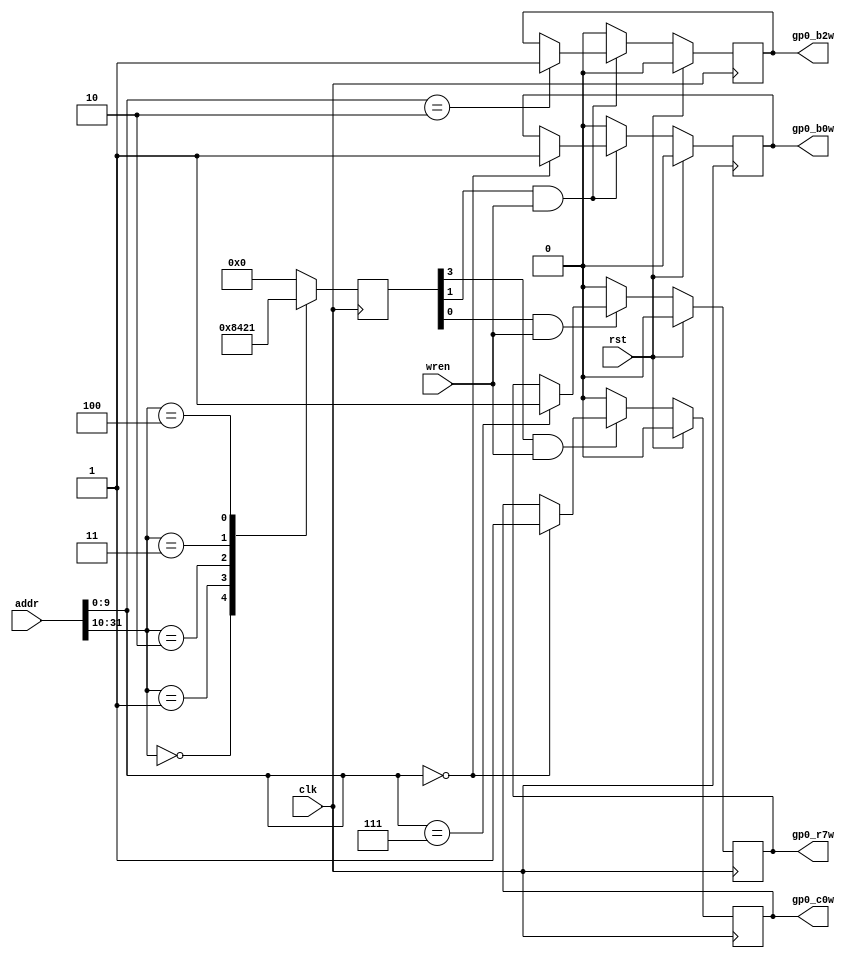
`timescale 1ns / 1ps
//////////////////////////////////////////////////////////////////////////////////
// Company:
// Engineer:
//
// Design Name:
// Module Name: Tc_PS_GP_wr_ass
// Project Name:
// Target Devices:
// Tool Versions:
// Description:
//
// Dependencies:
//
// Revision:
// Revision 0.01 - File Created
// Additional Comments:
//
//////////////////////////////////////////////////////////////////////////////////


module Tc_PS_GP_wr_ass(
input                      clk                      ,
input                      rst                      ,
input       [31:0]         addr                     ,
input                      wren                     ,
output                     gp0_c0w                  ,
output                     gp0_b0w                  ,
output                     gp0_b2w  	              ,
output                     gp0_r7w
    );

localparam WTH_ADDR = 32,
           WTH_ADDL = 10,
           WTH_ADDH = WTH_ADDR-WTH_ADDL;
wire[WTH_ADDH-1:0] addr_H;
wire[WTH_ADDL-1:0] addr_L;
assign {addr_H,addr_L} = addr;

localparam ADDH_GLABOL  = 0,
           ADDH_CAPTURE = 1,
           ADDH_LASER   = 2,
           ADDH_BUS     = 3,
           ADDH_OTHER   = 4;
reg[4:0] add_sel=0;
always@(posedge clk)begin
	case(addr_H)
		ADDH_GLABOL  :add_sel <= 5'b10000;
		ADDH_CAPTURE :add_sel <= 5'b01000;
		ADDH_LASER   :add_sel <= 5'b00100;
		ADDH_BUS     :add_sel <= 5'b00010;
		ADDH_OTHER   :add_sel <= 5'b00001;
		default      :add_sel <= 5'b00000;
	endcase
end

wire add_g,add_c,add_d,add_b,add_r;
assign {add_g,add_c,add_d,add_b,add_r} = add_sel;

reg t_gp0_c0w =0;
always@(posedge clk)begin
	if(rst)begin
		t_gp0_c0w <= 0;
	end else if(add_c&wren)begin
		case(addr_L)
			0:t_gp0_c0w <= 1;
		endcase
	end else begin
		t_gp0_c0w <= 0;
	end
end

reg t_gp0_b0w =0;
reg t_gp0_b2w =0;
always@(posedge clk)begin
	if(rst)begin
		t_gp0_b0w <= 0;
		t_gp0_b2w <= 0;
	end else if(add_b&wren)begin
		case(addr_L)
			0:t_gp0_b0w <= 1;
			2:t_gp0_b2w <= 1;
		endcase
	end else begin
		t_gp0_b0w <= 0;
		t_gp0_b2w <= 0;
	end
end

reg t_gp0_r7w =0;
always@(posedge clk)begin
	if(rst)begin
		t_gp0_r7w <= 0;
	end else if(add_r&wren)begin
		case(addr_L)
			7:t_gp0_r7w <= 1;
		endcase
	end else begin
		t_gp0_r7w <= 0;
	end
end

assign gp0_c0w = t_gp0_c0w ;
assign gp0_b0w = t_gp0_b0w ;
assign gp0_b2w = t_gp0_b2w ;
assign gp0_r7w = t_gp0_r7w ;

endmodule